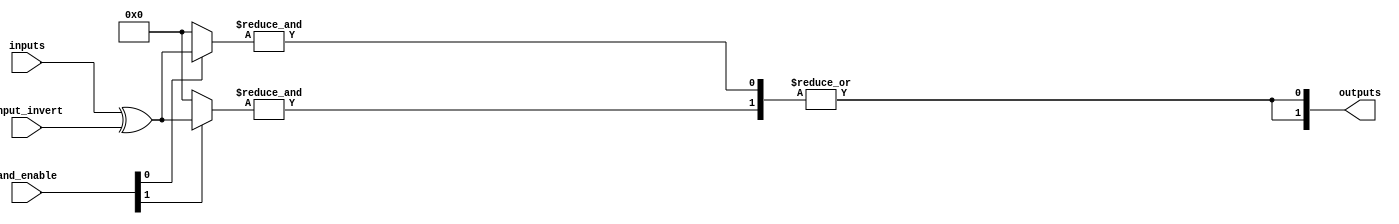
module PLA #(parameter N = 4, M = 2) (
    input wire [N-1:0] inputs,          // Input signals
    input wire [N-1:0] input_invert,    // Inversion control for inputs
    input wire [M-1:0] and_enable,       // Enable signals for AND gates
    output wire [M-1:0] outputs          // Output signals
);

// Internal signals for AND gate outputs
wire [M-1:0] and_outputs;

// AND Array
genvar i, j;
generate
    for (i = 0; i < M; i = i + 1) begin : and_array
        wire [N-1:0] and_inputs;
        assign and_inputs = (and_enable[i]) ? inputs ^ input_invert : {N{1'b0}}; // Select inputs based on enable

        // Implementing the AND gate
        assign and_outputs[i] = &and_inputs; // AND operation
    end
endgenerate

// OR Array
generate
    for (j = 0; j < M; j = j + 1) begin : or_array
        // Each OR gate can take multiple AND gate outputs
        assign outputs[j] = |and_outputs; // OR operation
    end
endgenerate

endmodule